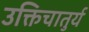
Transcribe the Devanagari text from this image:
उक्तिचातुर्य